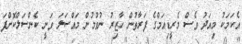
އެކަމަކު މިއަދު ވެސް މެރީޑިއަމްގެ ފަރާތުން ހާޒިރު ނުވުމުން މައްސަލަ ވަނީ ކެންސަލްކޮށްފަ